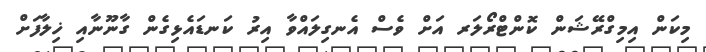
މިކަން އިމިގްރޭޝަން ކޮންޓްރޯލަރ އަށް ވެސް އެނގިލައްވާ އިރު ކަނޑައެޅިގެން ގާނޫނާއި ޚިލާފަށް